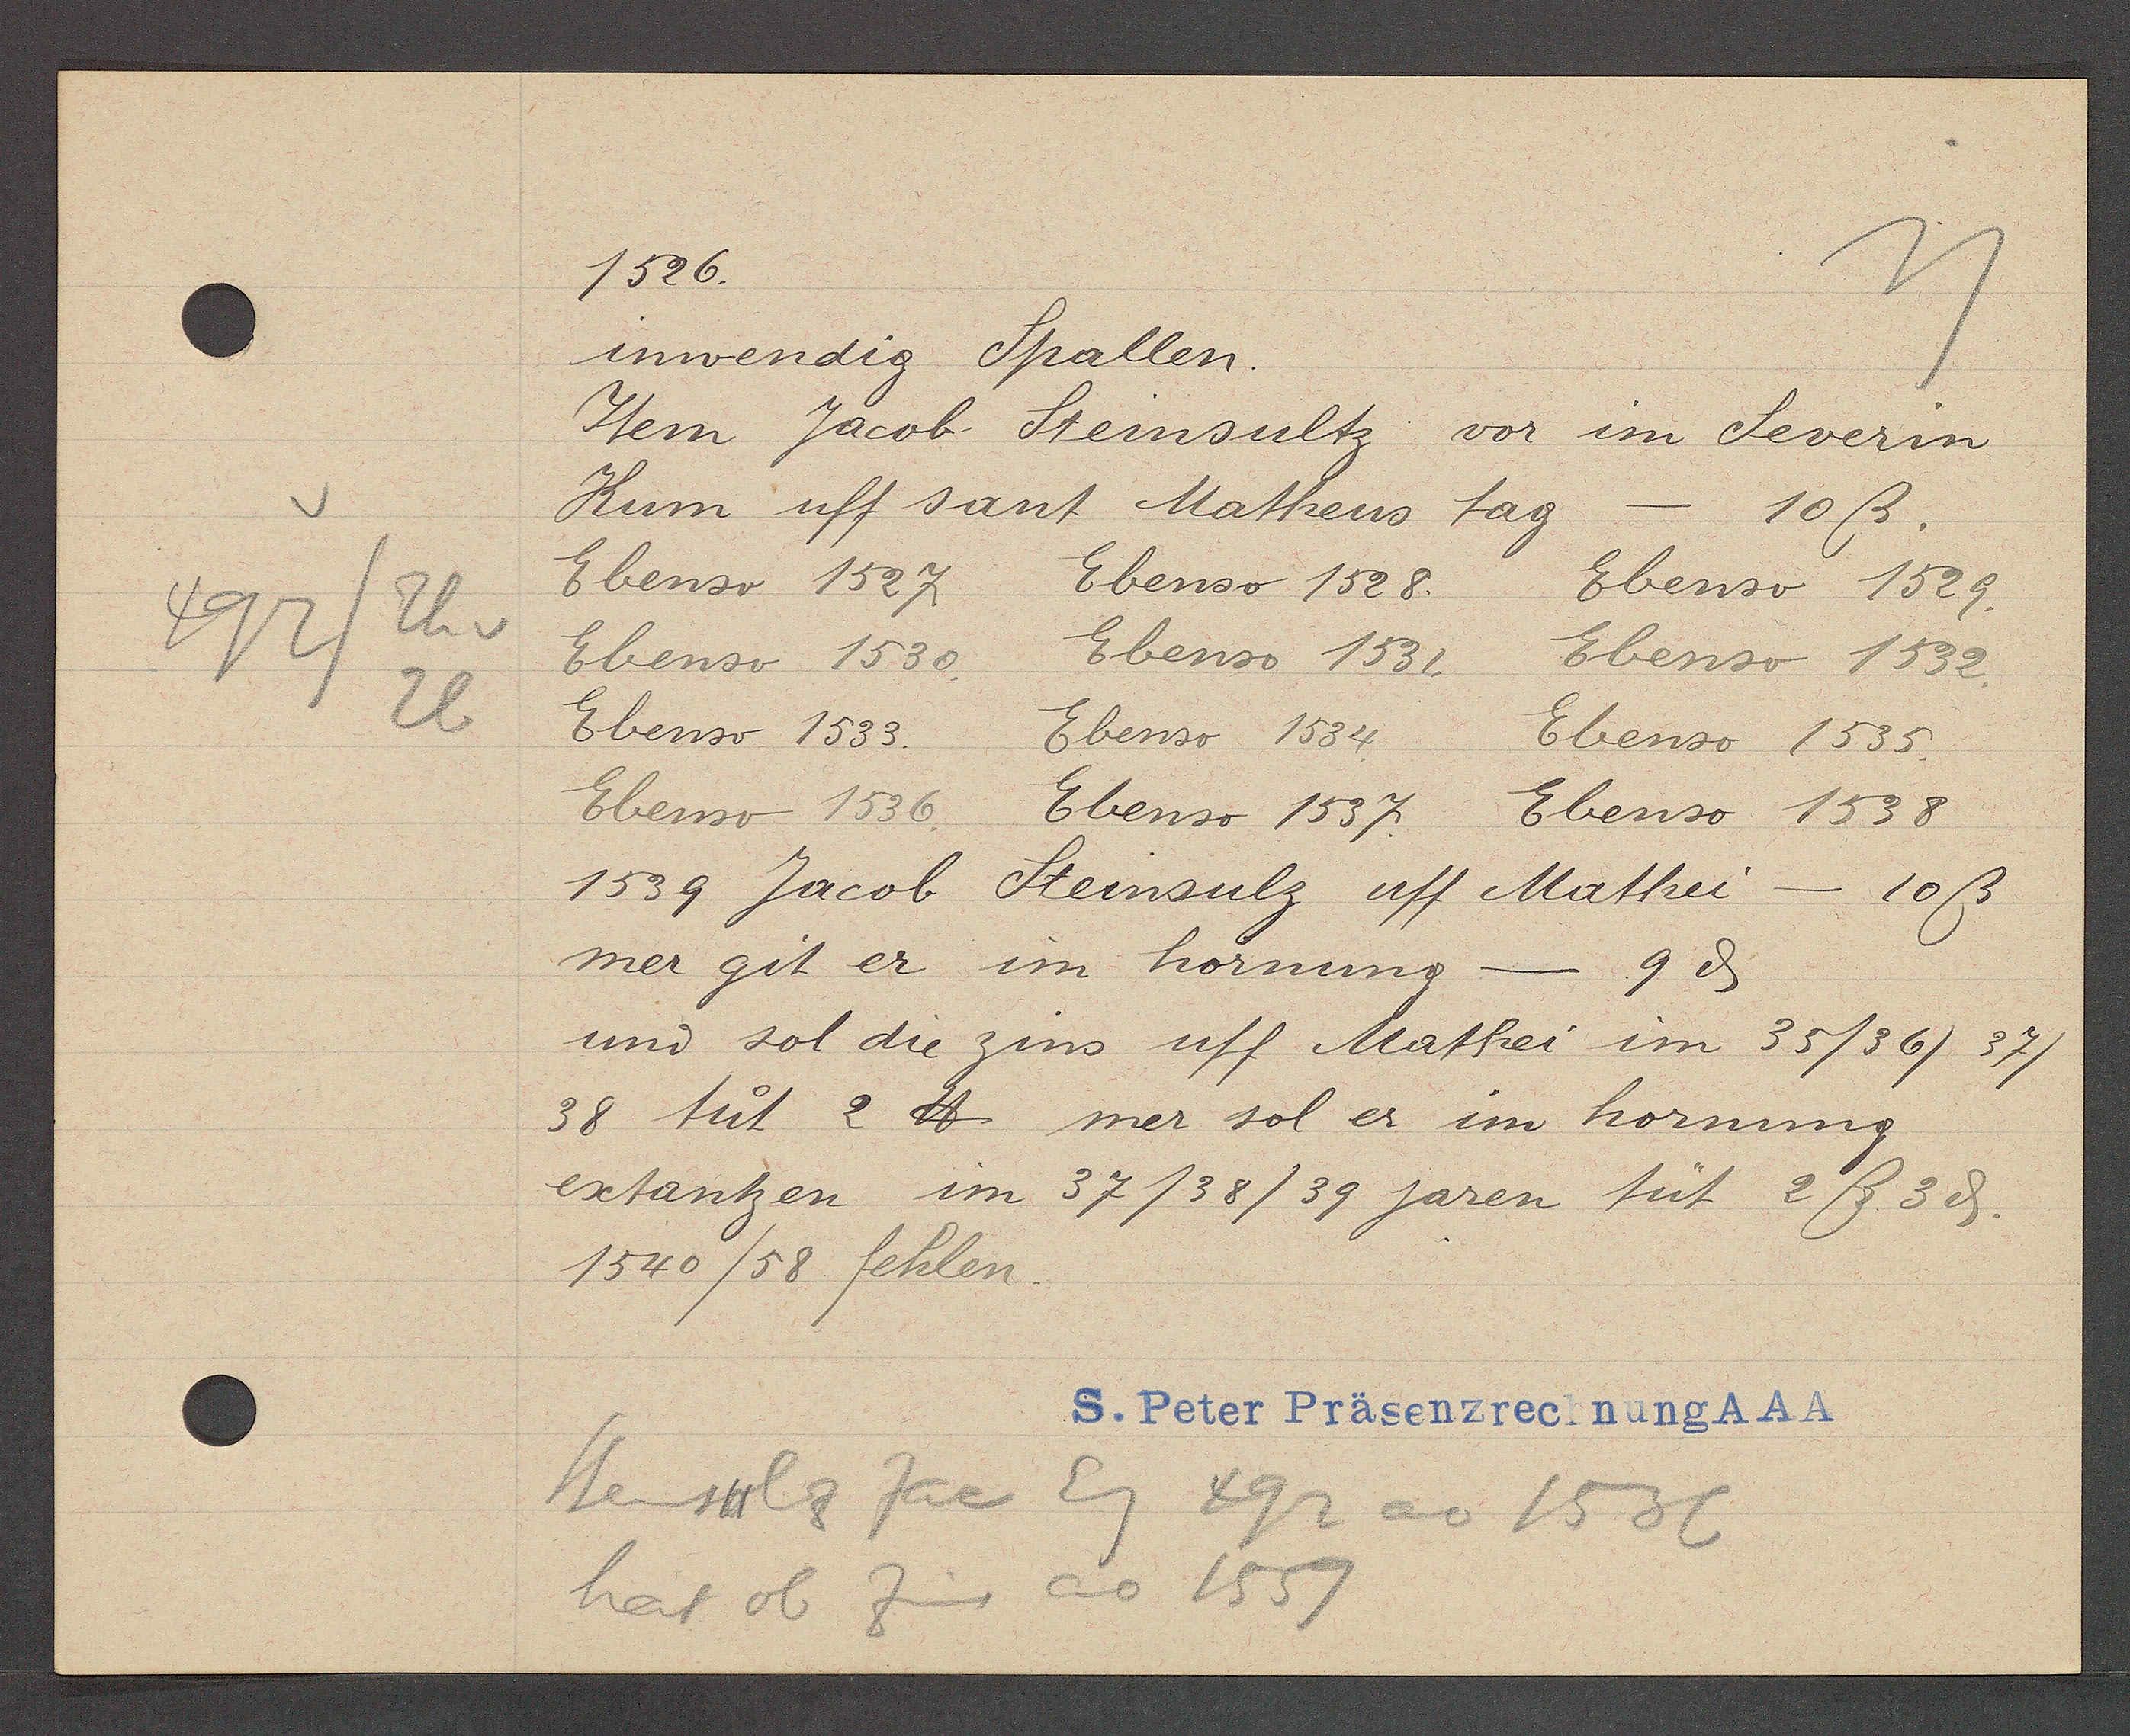
Transcript:
492
Th v
26

1526.

inwendig Spallen.
Item Jacob Steinsultz vor im Severin
Kum uff sant Matheus tag - 10ß.
Ebenso 1527.
Ebenso 1528.
Ebenso 1529.
Ebenso 1530.
Ebenso 1531.
Ebenso 1532.
Ebenso 1533.
Ebenso 1534.
Ebenso 1535.
Ebenso 1536. Ebenso 1537.
Ebenso 1538.
1539 Jacob Steinsulz uff Mathei - 10ß.
mer git er im hornung -9 ȡ
und sol die zins uff Mathei im 35/36/37/
38 tüt 2 ℔ mer sol er im hornung
extantzen im 37/38/39 jaren tüt 2ß 3ȡ.
1540/58 fehlen.

S. Peter Präsenzrechnung AAA

Steinsulz Jac Eg 492 ao 1536
hat ob Zins ao 1559